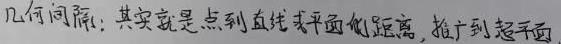
几何间隔：其实就是点到直线或平面的距离，推广到超平面